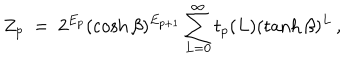
Z _ { p } ~ = ~ 2 ^ { E _ { p } } ( \cosh \beta ) ^ { E _ { p + 1 } } \sum _ { L = 0 } ^ { \infty } t _ { p } ( L ) ( \tanh \beta ) ^ { L } \, ,